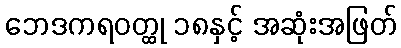
ဘေဒကရဝတ္ထု ၁၈နှင့် အဆုံးအဖြတ်